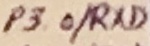
Text: P3.0/RXD